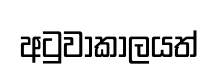
අටුවාකාලයත්